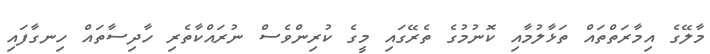
މާލޭގެ އިމާރަތްތައް ތަޅާލުމާއި ކޮނުމުގެ ތެރޭގައި މީގެ ކުރިންވެސް ނުރައްކާތެރި ހާދިސާތައް ހިނގާފައި